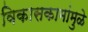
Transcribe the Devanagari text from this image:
विकासकामांमुळे